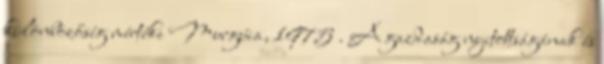
különbözőség mértéke Murgúia, 1975 . A gazdaság nyitottságának és